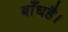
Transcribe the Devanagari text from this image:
बाँधहै।